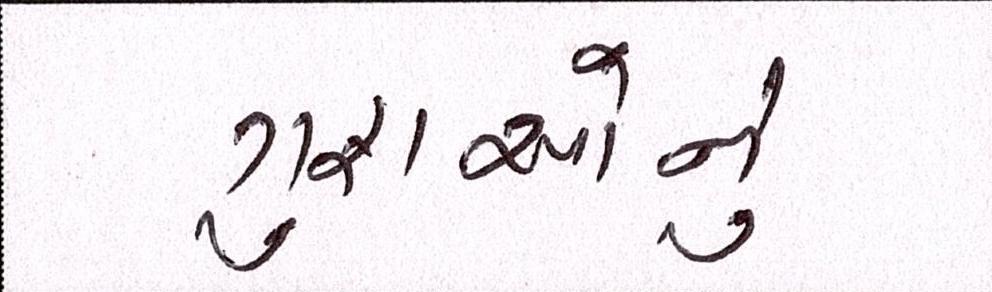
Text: ગુફાઓનું